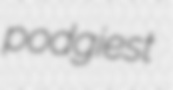
podgiest